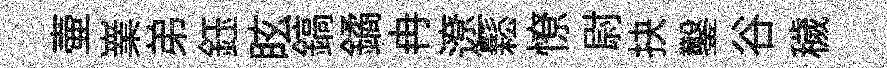
壷嶪弟鈺眩鎬鐍冉遼鬆憭尉抉鑿谷穢